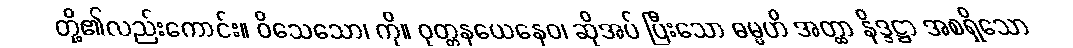
တို့၏လည်းကောင်း။ ဝိသေသော၊ ကို။ ဝုတ္တနယေနေဝ၊ ဆိုအပ် ပြီးသော ဓမ္မဟိ အတ္ထာ နိဒ္ဒဋ္ဌာ အစရှိသော